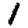
Digit: 1